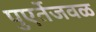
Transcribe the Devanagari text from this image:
पुएर्तेजवळ